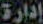
إدارة